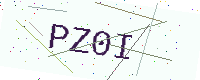
Text: PZ0I